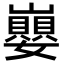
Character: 𡾸